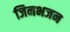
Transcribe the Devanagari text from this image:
जिनभजन